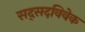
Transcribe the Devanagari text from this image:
सद्सदविवेक